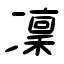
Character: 凜